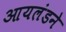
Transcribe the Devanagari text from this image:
आयलंडने